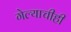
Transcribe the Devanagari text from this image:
गेल्याचीही